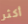
أكثر